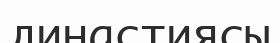
династиясы